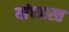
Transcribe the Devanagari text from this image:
यांच्यास्त